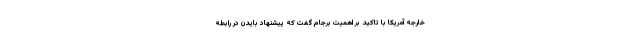
خارجه آمریکا با تاکید بر اهمیت برجام گفت که پیشنهاد بایدن در رابطه